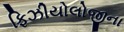
ફિઝીયોલોજીના